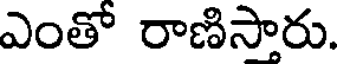
ఎంతో రాణిసారు.